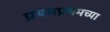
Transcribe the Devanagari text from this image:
प्रथमप्रथमच्या